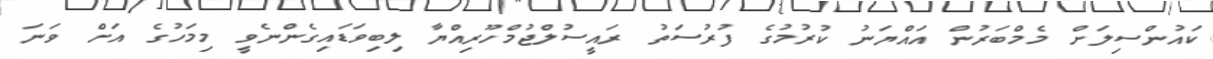
ކައުންސިލަށް މެމްބަރުން އައްޔަނު ކުރުމުގެ ފުރުސަތު ރައީސުލްޖުމްހޫރިއްޔާ ލިބިވަޑައިގެންނެވީ މިމަހުގެ އަށް ވަނަ